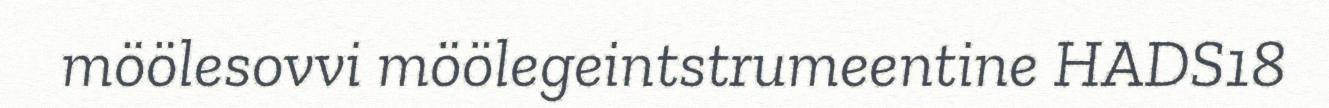
möölesovvi möölegeintstrumeentine HADS18